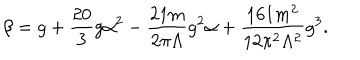
LaTeX: \beta = g + \frac { 2 0 } { 3 } g \alpha ^ { 2 } - \frac { 2 1 m } { 2 \pi \Lambda } g ^ { 2 } \alpha + \frac { 1 6 1 m ^ { 2 } } { 1 2 \pi ^ { 2 } \Lambda ^ { 2 } } g ^ { 3 } .